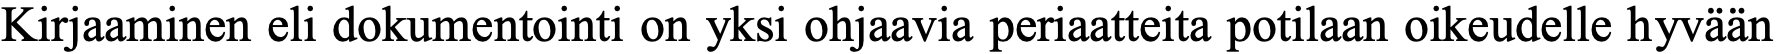
Kirjaaminen eli dokumentointi on yksi ohjaavia periaatteita potilaan oikeudelle hyvään